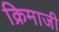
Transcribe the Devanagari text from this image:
क्रिमाजी